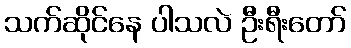
သက်ဆိုင်နေ ပါသလဲ ဦးရီးတော်